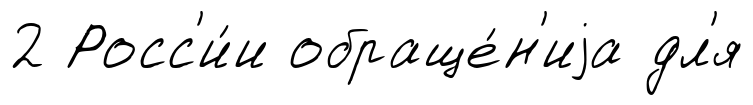
2 Росс'и́и обраще́н'иjа дл'я